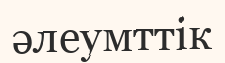
әлеумттік